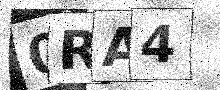
Text: 0RA4